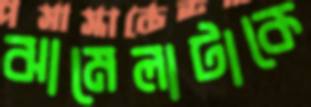
ঝামেলাটাকে